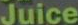
Juice